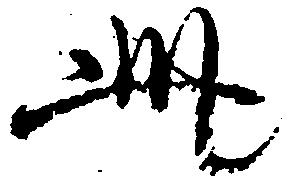
此